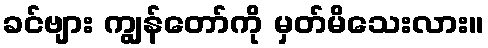
ခင်ဗျား ကျွန်တော်ကို မှတ်မိသေးလား။